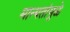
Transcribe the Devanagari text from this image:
मान्यतांमुळे